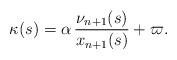
\begin{align*}\kappa(s)=\alpha\,\frac{\nu_{n+1}(s)}{x_{n+1}(s)}+\varpi.\end{align*}